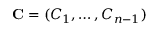
\mathbf { C } = ( C _ { 1 } , \hdots , C _ { n - 1 } )